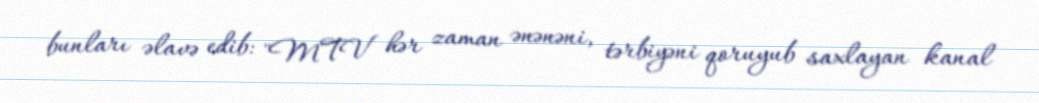
bunları əlavə edib: "MTV hər zaman ənənəni, tərbiyəni qoruyub saxlayan kanal